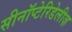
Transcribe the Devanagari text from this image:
सीनॉप्टेरिडेलीज़